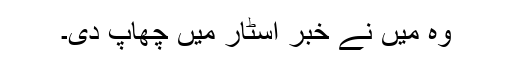
وہ میں نے خبر اسٹار میں چھاپ دی۔